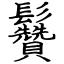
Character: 䰖